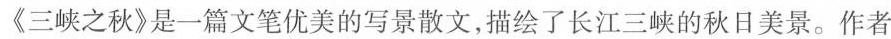
《三峡之秋》是一篇文笔优美的写景散文,描绘了长江三峡的秋日美景。作者